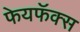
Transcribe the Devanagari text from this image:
फेयफॅक्स